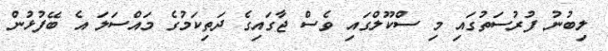
ލިބުނު ފުރުސަތުގައި މި ސްކޫލްގައި ވެސް ޖާގައިގެ ދަތިކަމުގެ މައްސަލަ އެ ބޭފުޅުން